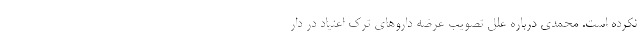
نکرده است. محمدی درباره علل تصویب عرضه دارو‌های ترک اعتیاد در دار